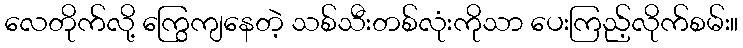
လေတိုက်လို့ ကြွေကျနေတဲ့ သစ်သီးတစ်လုံးကိုသာ ပေးကြည့်လိုက်စမ်း။